Mental hospitals Bombay report 1929-33 - 1929-1933
Year: 1929
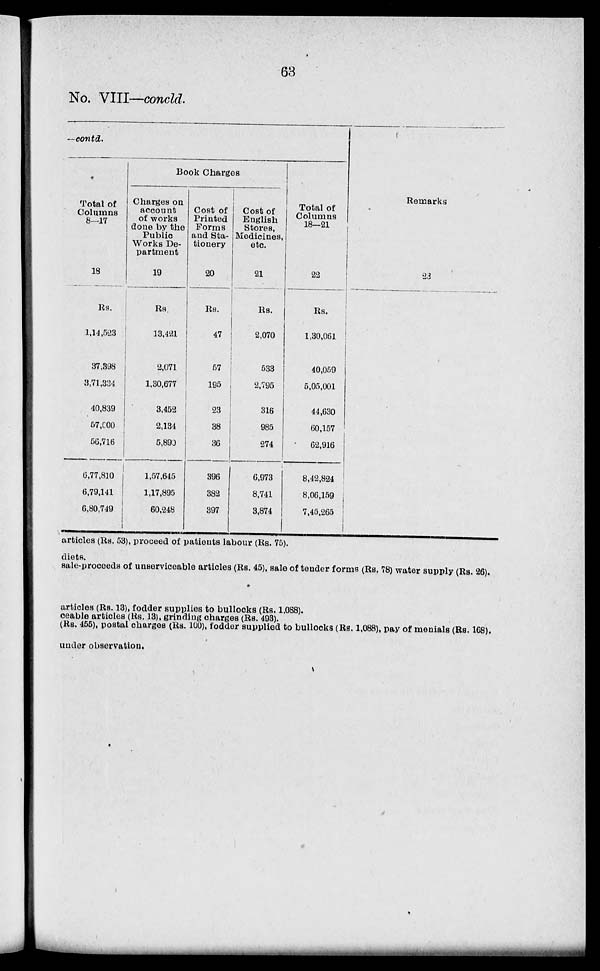
63
No. VIII—concld.
—contd.
Total of
Columns
8-17
18
Rs.
1,14,523
37,898
3,71,334
40,839
57,000
56,716
6,77,810
6,79,141
6,80,749
Book Charges
Charges on
account
of works
done by the
Public
Works De-
partment
19
Rs.
13,421
2,071
1,30,677
3,452
2,134
5,890
1,57,645
1,17,895
60,248
Cost of
Printed
Forms
and Sta-
tionery
20
Rs.
47
57
195
23
38
36
396
382
397
Coat of
English
Stores,
Medicines,
etc.
21
Rs.
2,070
533
2,795
316
985
274
6,973
8,741
3,874
Total of
Columns
18—21
22
Rs.
1,30,061
40,059
5,05,001
44,630
60,157
62,916
8,42,824
8,06,159
7,45,265
Remarks
23
articles (Rs. 53), proceed of patients labour (Rs. 75).
diets.
sale-proceeds of unserviceable articles (Rs. 45), sale of tender forms (Rs. 78) water supply (Rs. 26).
articles (Rs. 13), fodder supplies to bullocks (Rs. 1,088).
ceable articles (Rs. 13), grinding charges (Rs. 493).
(Rs. 455), postal charges (Rs. 100), fodder supplied to bullocks (Rs. 1,088), pay of menials (Rs. 168).
under observation.